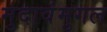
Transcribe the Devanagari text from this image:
मुदावंमुगल